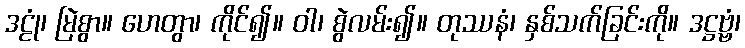
ဒဠုံ၊ မြဲစွာ။ ဟေတွာ၊ ကိုင်၍။ ဝါ၊ စွဲလမ်း၍။ တုဿနံ၊ နှစ်သက်ခြင်းကို။ ဒဋ္ဌဗ္ဗံ၊